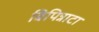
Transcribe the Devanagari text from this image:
बिपिन्नाटा